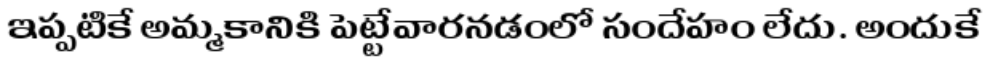
ఇప్పటికే అమ్మకానికి పెట్టేవారనడంలో సందేహం లేదు. అందుకే